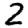
Digit: 2